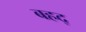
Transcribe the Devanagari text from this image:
बहद्